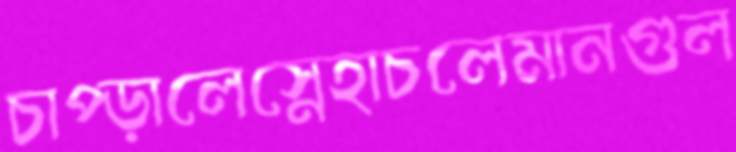
চাপ্‌ড়ালেস্নেহাচলেমানগুল